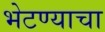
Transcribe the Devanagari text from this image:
भेटण्याचा